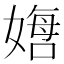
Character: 𫱙